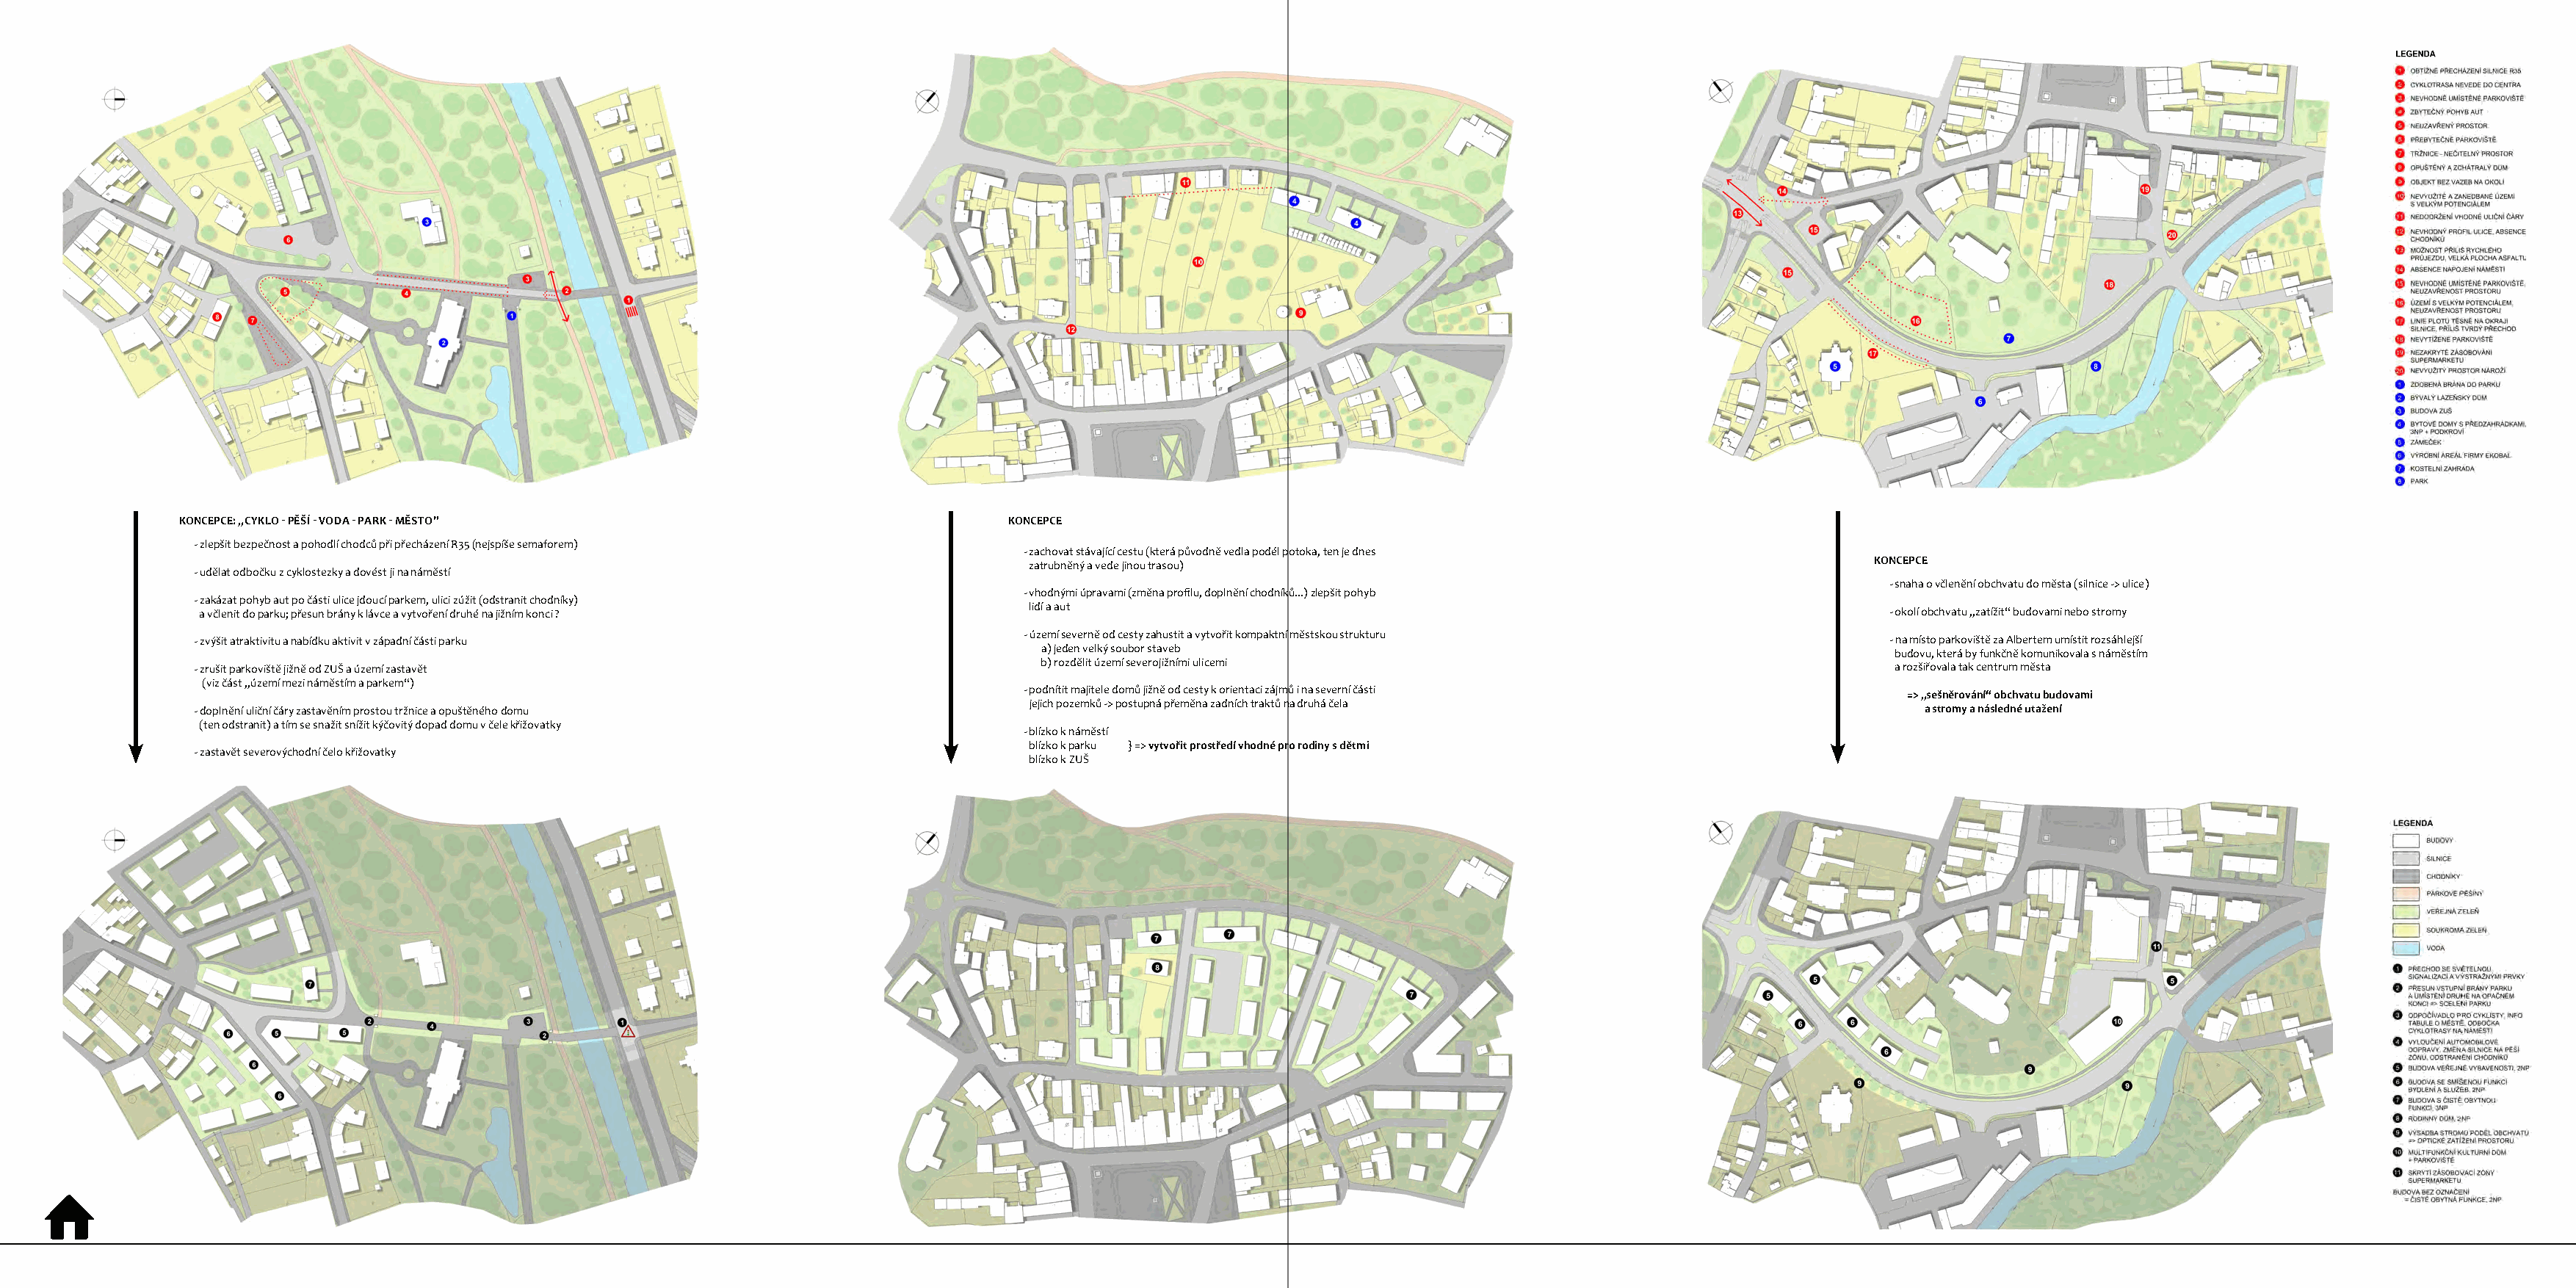
POSÍLENÍ PĚŠÍHO PROPOJENÍ OBOU BŘEHŮ                                          ÚZEMÍ MEZI NÁMĚSTÍM A PARKEM
 KONCEPCE: „CYKLO - PĚŠÍ - VODA - PARK - MĚSTO”                             KONCEPCE
 - zlepšit bezpečnost a pohodlí chodců při přecházení R35 (nejspíše semaforem)                                                                                                                ZÁPADNÍ OBCHVAT JAKO CELEK
 - zachovat stávající cestu (která původně vedla podél potoka, ten je dnes
 KONCEPCE
 zatrubněný a vede jinou trasou)
 - udělat odbočku z cyklostezky a dovést ji na náměstí
 - snaha o včlenění obchvatu do města (silnice -> ulice)
 - vhodnými úpravami (změna profilu, doplnění chodníků...) zlepšit pohyb
 - zakázat pohyb aut po části ulice jdoucí parkem, ulici zúžit (odstranit chodníky)
 lidí a aut
 a včlenit do parku; přesun brány k lávce a vytvoření druhé na jižním konci ?                                                                            - okolí obchvatu „zatížit“ budovami nebo stromy
 - území severně od cesty zahustit a vytvořit kompaktní městskou strukturu
 - zvýšit atraktivitu a nabídku aktivit v západní části parku                                                                                            - na místo parkoviště za Albertem umístit rozsáhlejší
 a) jeden velký soubor staveb
 budovu, která by funkčně komunikovala s náměstím
 b) rozdělit území severojižními ulicemi
 - zrušit parkoviště jižně od ZUŠ a území zastavět                                                                                                        a rozšiřovala tak centrum města
 (viz část „území mezi náměstím a parkem“)
 - podnítit majitele domů jižně od cesty k orientaci zájmů i na severní části
 => „sešněrování“ obchvatu budovami
 jejich pozemků -> postupná přeměna zadních traktů na druhá čela
 - doplnění uliční čáry zastavěním prostou tržnice a opuštěného domu                                                                                       a stromy a následné utažení
 (ten odstranit) a tím se snažit snížit kýčovitý dopad domu v čele křižovatky
 - blízko k náměstí
 blízko k parku } => vytvořit prostředí vhodné pro rodiny s dětmi
 - zastavět severovýchodní čelo křižovatky
 blízko k ZUŠ
 ⌂